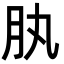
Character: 肒